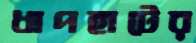
ধাপহাটের